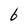
Character: 6